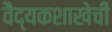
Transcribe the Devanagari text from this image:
वैद्यकशाखेची